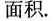
面积。